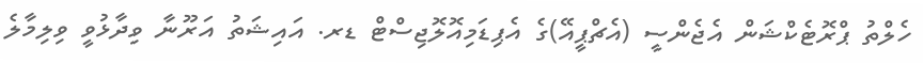
ހެލްތު ޕްރޮޓެކްޝަން އެޖެންސީ (އެޗްޕީއޭ)ގެ އެޕިޑަމިއޮލޮޖިސްޓް ޑރ. އައިޝަތު އަރޫނާ ވިދާޅުވީ ވިލިމާލެ